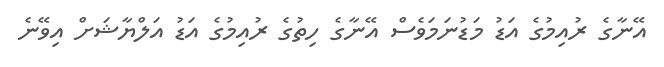
އޭނާގެ ރުއިމުގެ އަޑު މަޑުނަމަވެސް އޭނާގެ ހިތުގެ ރުއިމުގެ އަޑު އަލްޔާޝަށް އިވޭނެ